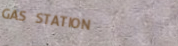
GAS STATION